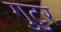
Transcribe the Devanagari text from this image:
गुटुर